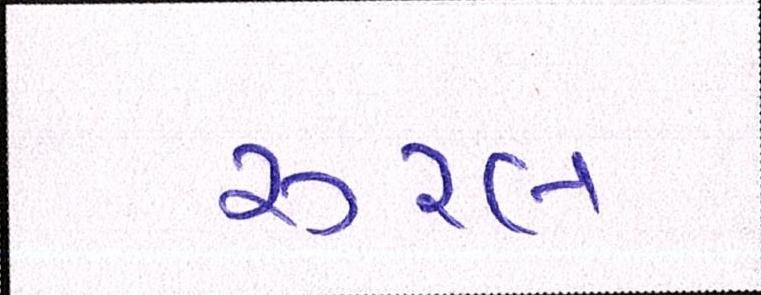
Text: રૂરલ